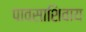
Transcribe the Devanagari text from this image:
पावसाशिवाय